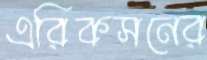
এরিকসনের